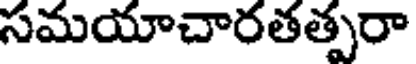
సమయాచారతత్పరా